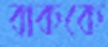
বাককে